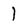
Character: 1